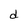
Character: d